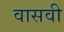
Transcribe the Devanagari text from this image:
वासवी